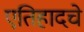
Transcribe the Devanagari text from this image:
एतिहादचे